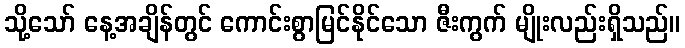
သို့သော် နေ့အချိန်တွင် ကောင်းစွာမြင်နိုင်သော ဇီးကွက် မျိုးလည်းရှိသည်။